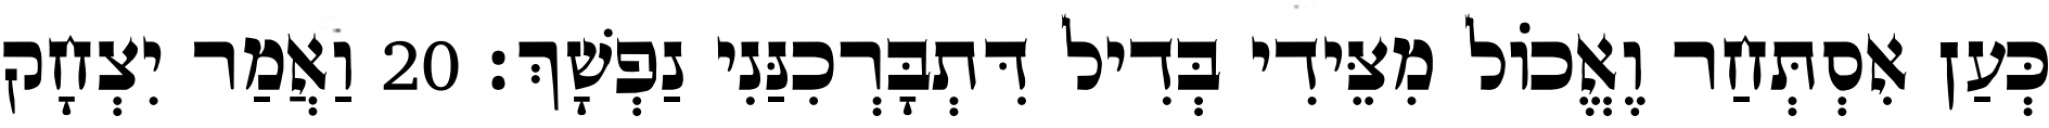
כְּעַן אִסְתְּחַר וֶאֱכוֹל מִצֵּידִי בְּדִיל דִּתְבָּרְכִנַּנִי נַפְשָׁךְ׃ 20 וַאֲמַר יִצְחָק